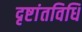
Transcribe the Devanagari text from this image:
दृष्टांतविधि